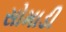
સોમાડી